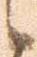
候